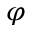
\varphi